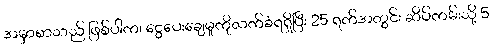
အမှာစာသည် ဖြစ်ပါက၊ ငွေပေးချေမှုကိုလက်ခံရရှိပြီး 25 ရက်အတွင်း ဆိပ်ကမ်းသို့ 5